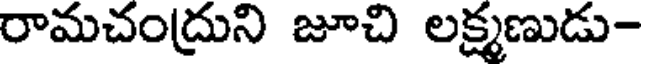
రామచంద్రుని జూచి లక్ష్మణుడు-